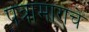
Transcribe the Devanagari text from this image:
पत्रामागचे